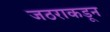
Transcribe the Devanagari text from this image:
जठराकडून